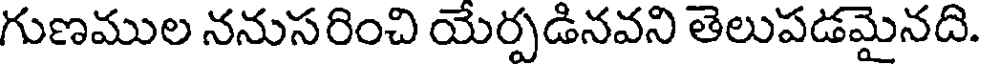
గుణముల ననుసరించి యేర్పడినవని తెలుపడమైనది.